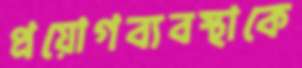
প্রয়োগব্যবস্থাকে